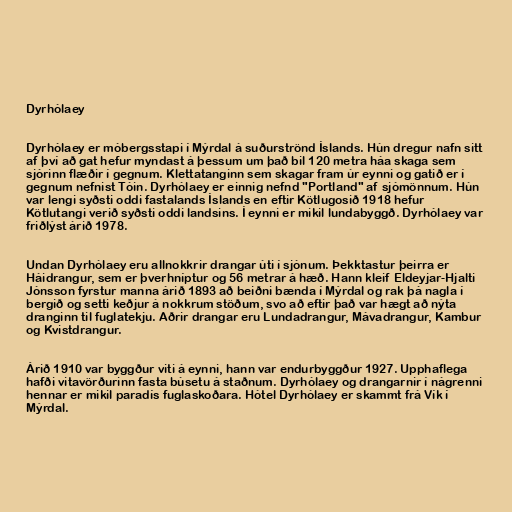
Dyrhólaey

Dyrhólaey er móbergsstapi í Mýrdal á suðurströnd Íslands. Hún dregur nafn sitt
af því að gat hefur myndast á þessum um það bil 120 metra háa skaga sem
sjórinn flæðir í gegnum. Klettatanginn sem skagar fram úr eynni og gatið er í
gegnum nefnist Tóin. Dyrhólaey er einnig nefnd "Portland" af sjómönnum. Hún
var lengi syðsti oddi fastalands Íslands en eftir Kötlugosið 1918 hefur
Kötlutangi verið syðsti oddi landsins. Í eynni er mikil lundabyggð. Dyrhólaey var
friðlýst árið 1978.

Undan Dyrhólaey eru allnokkrir drangar úti í sjónum. Þekktastur þeirra er
Háidrangur, sem er þverhníptur og 56 metrar á hæð. Hann kleif Eldeyjar-Hjalti
Jónsson fyrstur manna árið 1893 að beiðni bænda í Mýrdal og rak þá nagla í
bergið og setti keðjur á nokkrum stöðum, svo að eftir það var hægt að nýta
dranginn til fuglatekju. Aðrir drangar eru Lundadrangur, Mávadrangur, Kambur
og Kvistdrangur.

Árið 1910 var byggður viti á eynni, hann var endurbyggður 1927. Upphaflega
hafði vitavörðurinn fasta búsetu á staðnum. Dyrhólaey og drangarnir í nágrenni
hennar er mikil paradís fuglaskoðara. Hótel Dyrhólaey er skammt frá Vík í
Mýrdal.